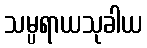
သမ္ပရာယသုခါယ